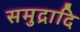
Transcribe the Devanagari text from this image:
समुद्रादि